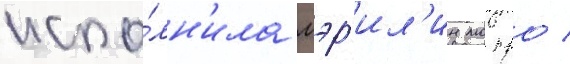
испо́лн'ила мэр'ил'ин монро /